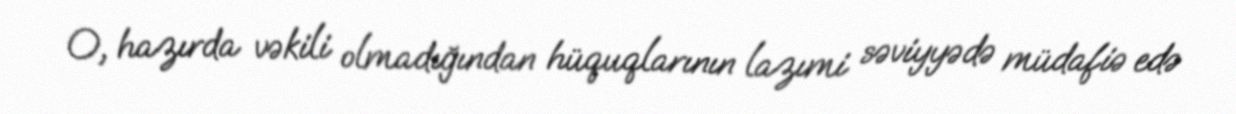
O, hazırda vəkili olmadığından hüquqlarının lazımi səviyyədə müdafiə edə